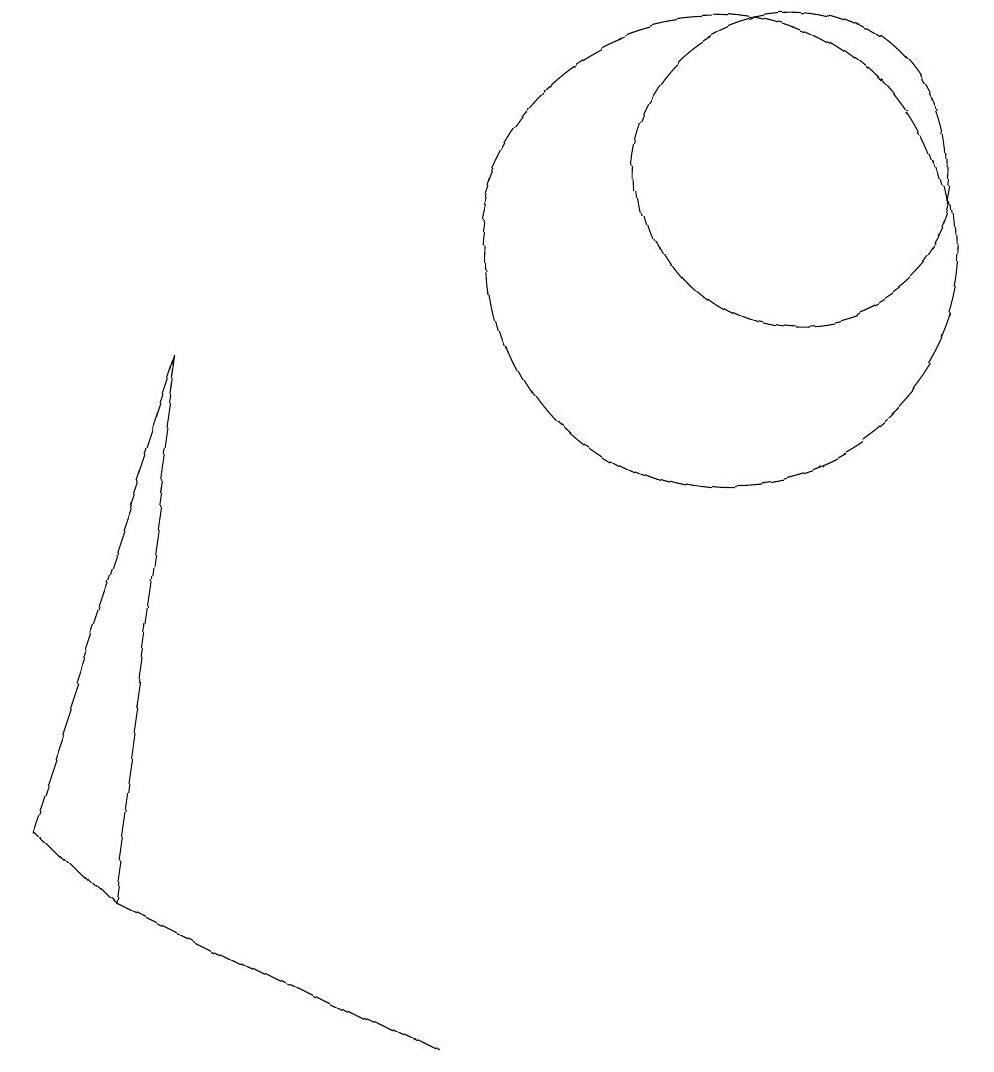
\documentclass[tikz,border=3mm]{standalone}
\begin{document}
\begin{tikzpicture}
\draw (11,11) circle (2);
\draw (10,10) circle (3);
\draw (2,2) -- (6,0) -- (4,1) -- cycle;
\draw (1,3) -- (3,9) -- (2,2) -- cycle;
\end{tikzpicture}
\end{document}